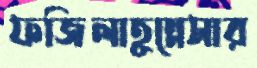
ফজিলাতুন্নেসার